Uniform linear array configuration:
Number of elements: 12
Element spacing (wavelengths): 0.25
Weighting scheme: uniform
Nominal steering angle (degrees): -45
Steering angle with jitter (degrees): -43.89
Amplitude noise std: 0.05
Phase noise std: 0.05

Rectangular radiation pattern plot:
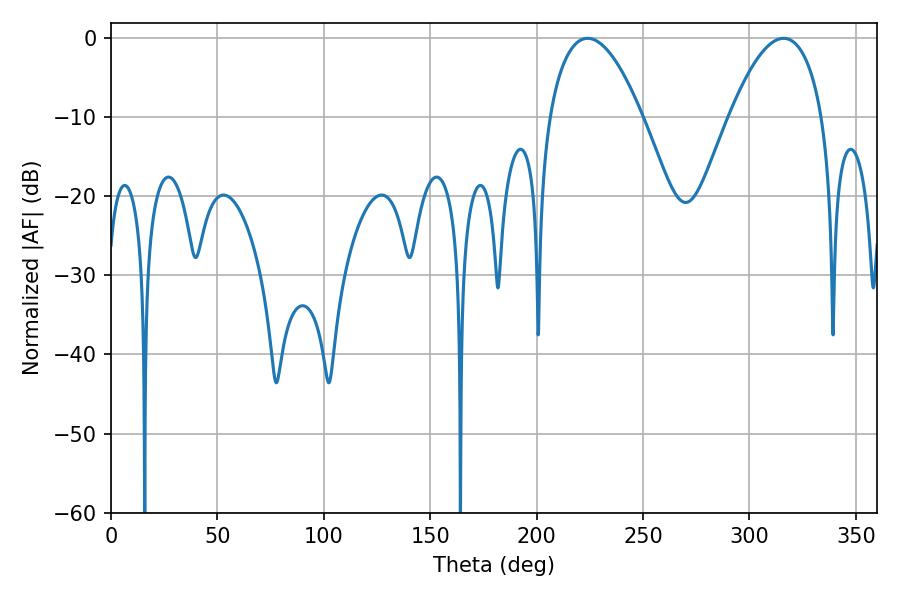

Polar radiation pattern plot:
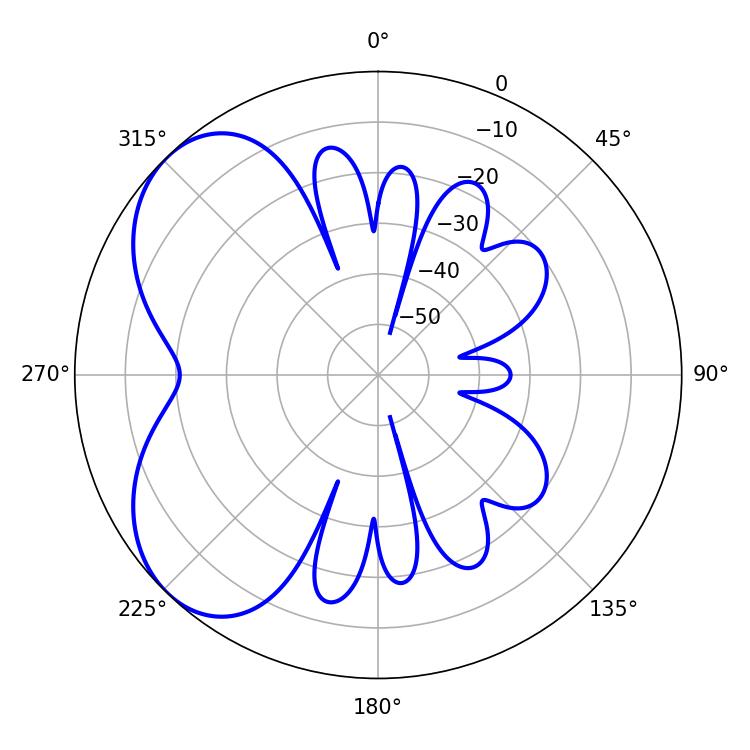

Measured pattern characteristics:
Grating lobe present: FALSE
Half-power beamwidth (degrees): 24.12
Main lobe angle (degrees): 223.92